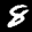
Label: 8